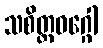
သစိတ္တဝဂ္ဂေါ